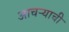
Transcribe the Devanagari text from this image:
आचऱ्याची